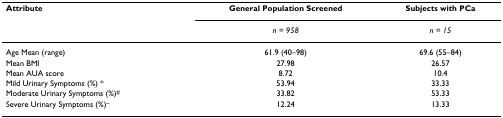
<table><thead><tr><td><b>Attribute</b></td><td><b>General Population Screened</b></td><td><b>Subjects with PCa</b></td></tr><tr><td></td><td><b><i>n = 958</i></b></td><td><b><i>n = 15</i></b></td></tr></thead><tbody><tr><td>Age Mean (range)</td><td>61.9 (40–98)</td><td>69.6 (55–84)</td></tr><tr><td>Mean BMI</td><td>27.98</td><td>26.57</td></tr><tr><td>Mean AUA score</td><td>8.72</td><td>10.4</td></tr><tr><td>Mild Urinary Symptoms (%) *</td><td>53.94</td><td>33.33</td></tr><tr><td>Moderate Urinary Symptoms (%)<sup>#</sup></td><td>33.82</td><td>53.33</td></tr><tr><td>Severe Urinary Symptoms (%)<sup>~</sup></td><td>12.24</td><td>13.33</td></tr></tbody></table>